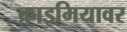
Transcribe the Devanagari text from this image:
क्राइमियावर